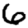
Digit: 6